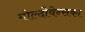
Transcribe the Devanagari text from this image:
मोल्दोवेन्सका